Leaving Certificate Examination, 1922
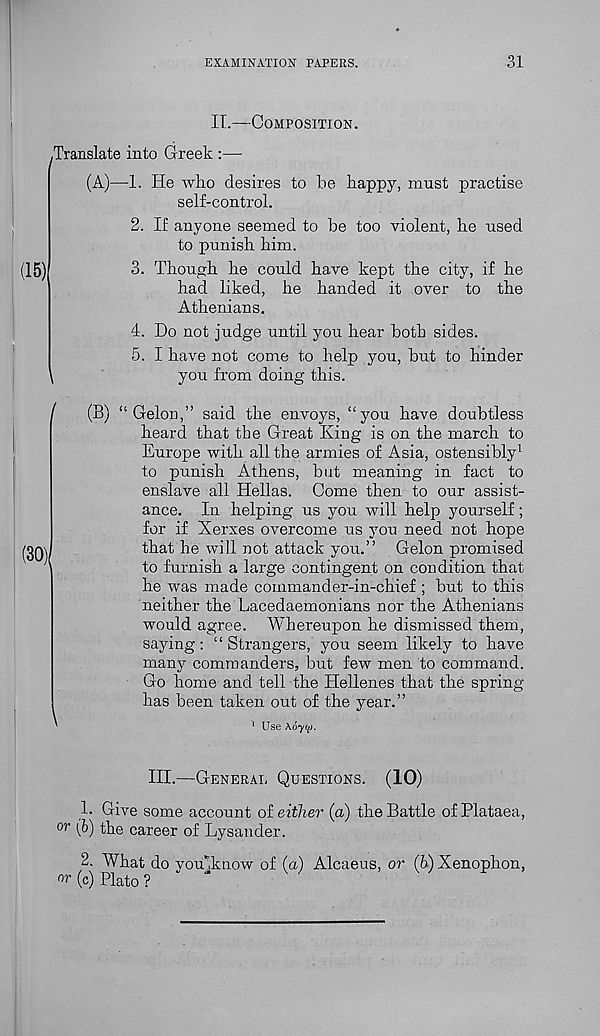
EXAMINATION PAPERS.
31
IT.—Composition.
.Translate into Greek :—
(15)
(A)—1. He who desires to be happy, must practise
self-control.
2. If anyone seemed to be too violent, he used
to punish him.
3. Though he could have kept the city, if he
had liked, he handed it over to the
Athenians.
4. Do not judge until you hear both sides.
5. I have not come to help you, but to hinder
you from doing this.
/
\
(B) “ Gelon,” said the envoys, “you have doubtless
heard that the Great King is on the march to
Europe with all the armies of Asia, ostensibly 1
to punish Athens, but meaning in fact to
enslave all Hellas. Come then to our assist-
ance. In helping us you will help yourself;
for if Xerxes overcome us you need not hope
that he will not attack you.” Gelon promised
to furnish a large contingent on condition that
he was made commander-in-chief ; but to this
neither the Lacedaemonians nor the Athenians
would agree. Whereupon he dismissed them,
saying: “ Strangers, you seem likely to have
many commanders, but few men to command.
Go home and tell the Hellenes that the spring
has been taken out of the year.”
1 Use
III.—General Questions. (10)
b Give some account ot either (a) the Battle of Plataea,
or (b) the career of Lysander.
2. What do youHcnow of (a) Alcaeus, or (b) Xenophon,
w (c) Plato ?